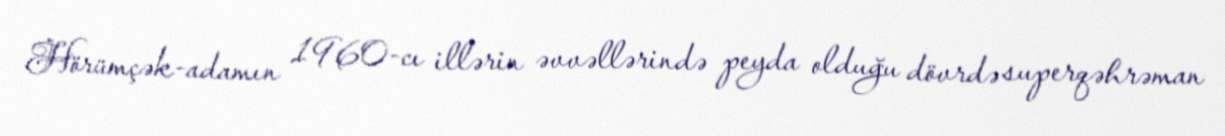
Hörümçək-adamın 1960-cı illərin əvvəllərində peyda olduğu dövrdə superqəhrəman